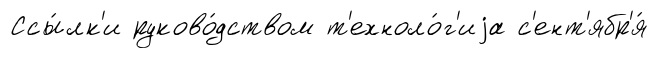
Ссы́лк'и руково́дством т'ехноло́г'иjа с'ент'ябр'я́